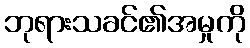
ဘုရားသခင်၏အမှုကို